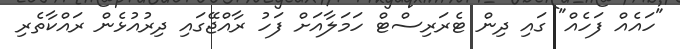
"ހައެއް ފަހެއް" ގައި ދިން ޓެރަރިސްޓް ހަމަލާއަށް ފަހު ރާއްޖޭގައި ދިރުއުޅެން ރައްކާތެރި